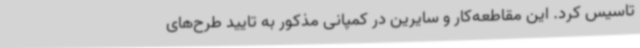
تاسیس کرد. این مقاطعه‌کار و سایرین در کمپانی مذکور به تایید طرح‌های